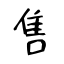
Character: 售